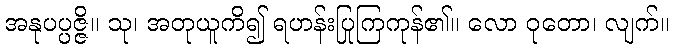
အနုပပ္ပဇ္ဇိ။ သု၊ အတုယူကိ၍ ရဟန်းပြုကြကုန်၏။ လော ဝုတော၊ လျက်။